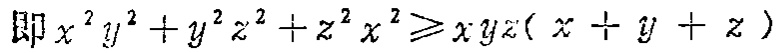
即 \(x^{2}y^{2}+y^{2}z^{2}+z^{2}x^{2}\geqslant xyz(x + y + z)\)